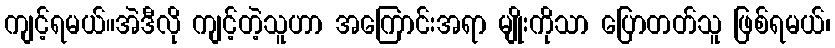
ကျင့်ရမယ်။အဲဒီလို ကျင့်တဲ့သူဟာ အကြောင်းအရာ မျိုးကိုသာ ပြောတတ်သူ ဖြစ်ရမယ်၊